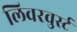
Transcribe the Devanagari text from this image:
लिवरवुर्स्ट